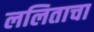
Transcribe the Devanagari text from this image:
ललिताचा